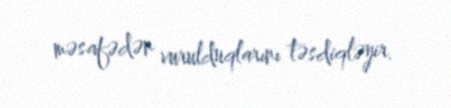
məsafədən vurulduqlarını təsdiqləyir.